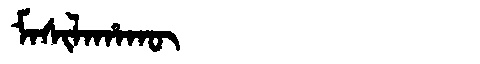
Manchu: ᠮᠠᠰᡳᠯᠠᡥᠠᡴᡡ
Romanization: MASILAHAKŪ